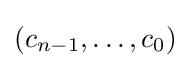
(c_{n-1},\dots ,c_{0})